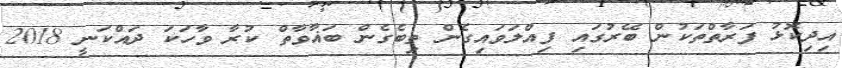
އިދިކޮޅު ފަރާތްތަކުން ބޭރުގައި ފިއްލަވައިގެން ތިބެގެން ބަޣާވާތް ކުރާ ވާހަކަ ދައްކަނީ 2018